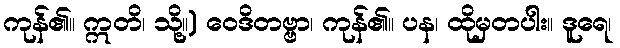
ကုန်၏။ ဣတိ၊ သို့။) ဝေဒိတဗ္ဗာ၊ ကုန်၏။ ပန၊ ထိုမှတပါး။ ဒူရေ၊